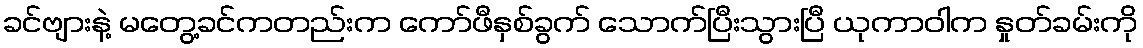
ခင်ဗျားနဲ့ မတွေ့ခင်ကတည်းက ကော်ဖီနှစ်ခွက် သောက်ပြီးသွားပြီ ယုကာဝါက နှုတ်ခမ်းကို